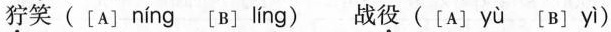
狞笑([A] níng 〔B] líng )战役([A] yù [B] yì )